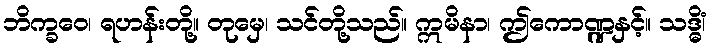
ဘိက္ခဝေ၊ ရဟန်းတို့။ တုမှေ၊ သင်တို့သည်။ ဣမိနာ၊ ဤကောဏ္ဍနှင့်။ သဒ္ဓိံ၊